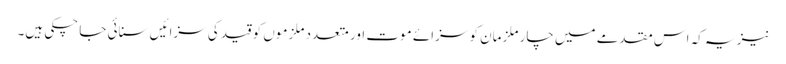
نیز یہ کہ اس مقدمے میں چار ملزمان کو سزائے موت اور متعدد ملزموں کو قید کی سزائیں سنائی جا چکی ہیں۔